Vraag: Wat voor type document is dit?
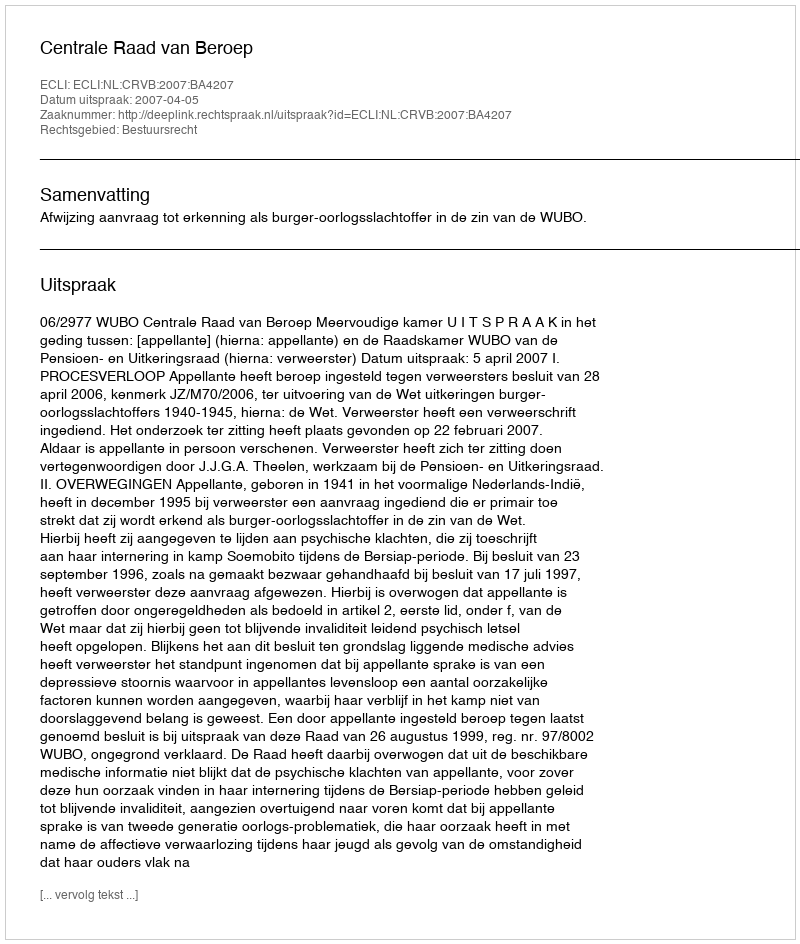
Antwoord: Uitspraak